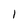
Character: 1